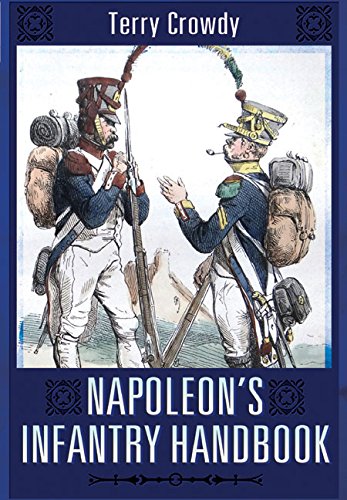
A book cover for Napoleon's Infantry Handbook; Terry Crowdy; History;